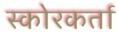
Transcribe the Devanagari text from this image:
स्कोरकर्ता